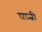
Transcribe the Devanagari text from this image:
पान्नी